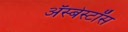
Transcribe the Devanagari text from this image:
ॲस्बेस्टॉस